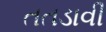
તતડાવી